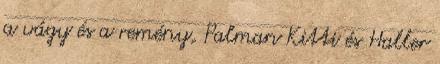
a vágy és a remény, Palman Kitti és Haller